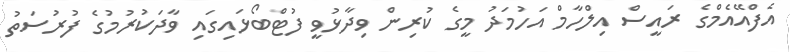
އެފްއޭއެމްގެ ރައީސް އިލްހާމް އަހުމަދު މީގެ ކުރިން ވިދާޅުވީ ފުޓްބޯޅައިގައި ވާދަކުރުމުގެ ފުރުސަތު